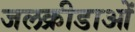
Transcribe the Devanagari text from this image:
जलक्रीडाओं